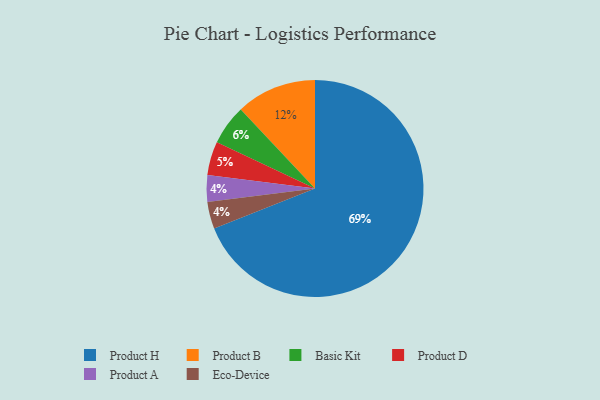
{"axis": {"x": "Category", "y": "Percentage"}, "legend": ["Basic Kit", "Eco-Device", "Product A", "Product B", "Product D", "Product H"], "data": [{"x": "Product A", "y": 4, "type": "Product A"}, {"x": "Eco-Device", "y": 4, "type": "Eco-Device"}, {"x": "Basic Kit", "y": 6, "type": "Basic Kit"}, {"x": "Product B", "y": 12, "type": "Product B"}, {"x": "Product H", "y": 69, "type": "Product H"}, {"x": "Product D", "y": 5, "type": "Product D"}]}